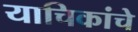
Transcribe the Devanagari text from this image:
याचिकांचे